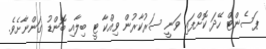
ޕަސެންޓް ހޭދަ ކޮށްފައި ވަނީ ސަރުކާރުން ވިއްކާ ޓީ ބިލާއި ބޮންޑު ގަންނާށެވެ.